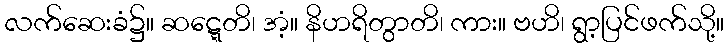
လက်ဆေးခံ၌။ ဆဋ္ဋေတိ၊ အံ့။ နိဟရိတွာတိ၊ ကား။ ဗဟိ၊ ရွာ့ပြင်ဖက်သို့။